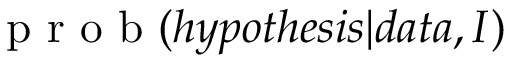
\mathrm { ~ p ~ r ~ o ~ b ~ } ( h y p o t h e s i s | d a t a , I )